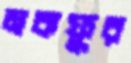
মকফুর